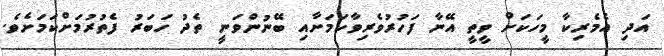
އަދި އެމެރިކާ މީހަކަށް ވީތީ އޭނާ ފަހުރުވެރިވާކަމަށާއި ބޭނުންވަނީ ތެދު ހަބަރު ފެތުރުމަށްކަމަށެވެ.